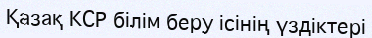
Қазақ КСР білім беру ісінің үздіктері